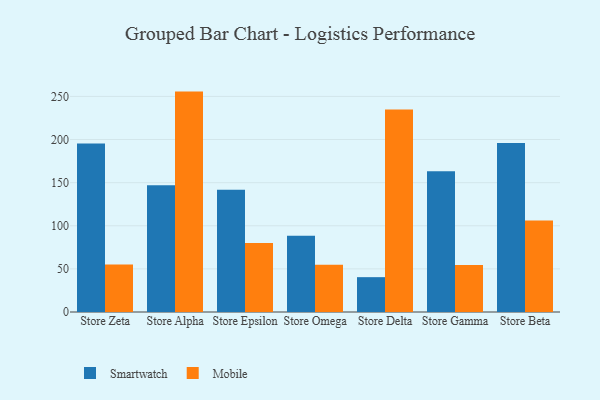
{"axis": {"x": "Store", "y": "Population (Million)"}, "legend": ["Mobile", "Smartwatch"], "data": [{"x": "Store Zeta", "y": 195.3, "type": "Smartwatch"}, {"x": "Store Zeta", "y": 55.2, "type": "Mobile"}, {"x": "Store Alpha", "y": 147.0, "type": "Smartwatch"}, {"x": "Store Alpha", "y": 255.6, "type": "Mobile"}, {"x": "Store Epsilon", "y": 141.8, "type": "Smartwatch"}, {"x": "Store Epsilon", "y": 79.9, "type": "Mobile"}, {"x": "Store Omega", "y": 88.5, "type": "Smartwatch"}, {"x": "Store Omega", "y": 54.9, "type": "Mobile"}, {"x": "Store Delta", "y": 40.4, "type": "Smartwatch"}, {"x": "Store Delta", "y": 234.9, "type": "Mobile"}, {"x": "Store Gamma", "y": 163.1, "type": "Smartwatch"}, {"x": "Store Gamma", "y": 54.4, "type": "Mobile"}, {"x": "Store Beta", "y": 196.1, "type": "Smartwatch"}, {"x": "Store Beta", "y": 106.2, "type": "Mobile"}]}